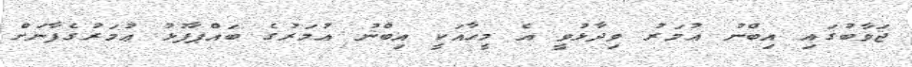
ޖަވާބުގައި އިބްނު ޢުމަރު ވިދާޅުވީ އެ މީހާއަކީ އިބްނު ޢުމަރުގެ ބައްޕާފުޅު ޢުމަރުގެފާނަށް